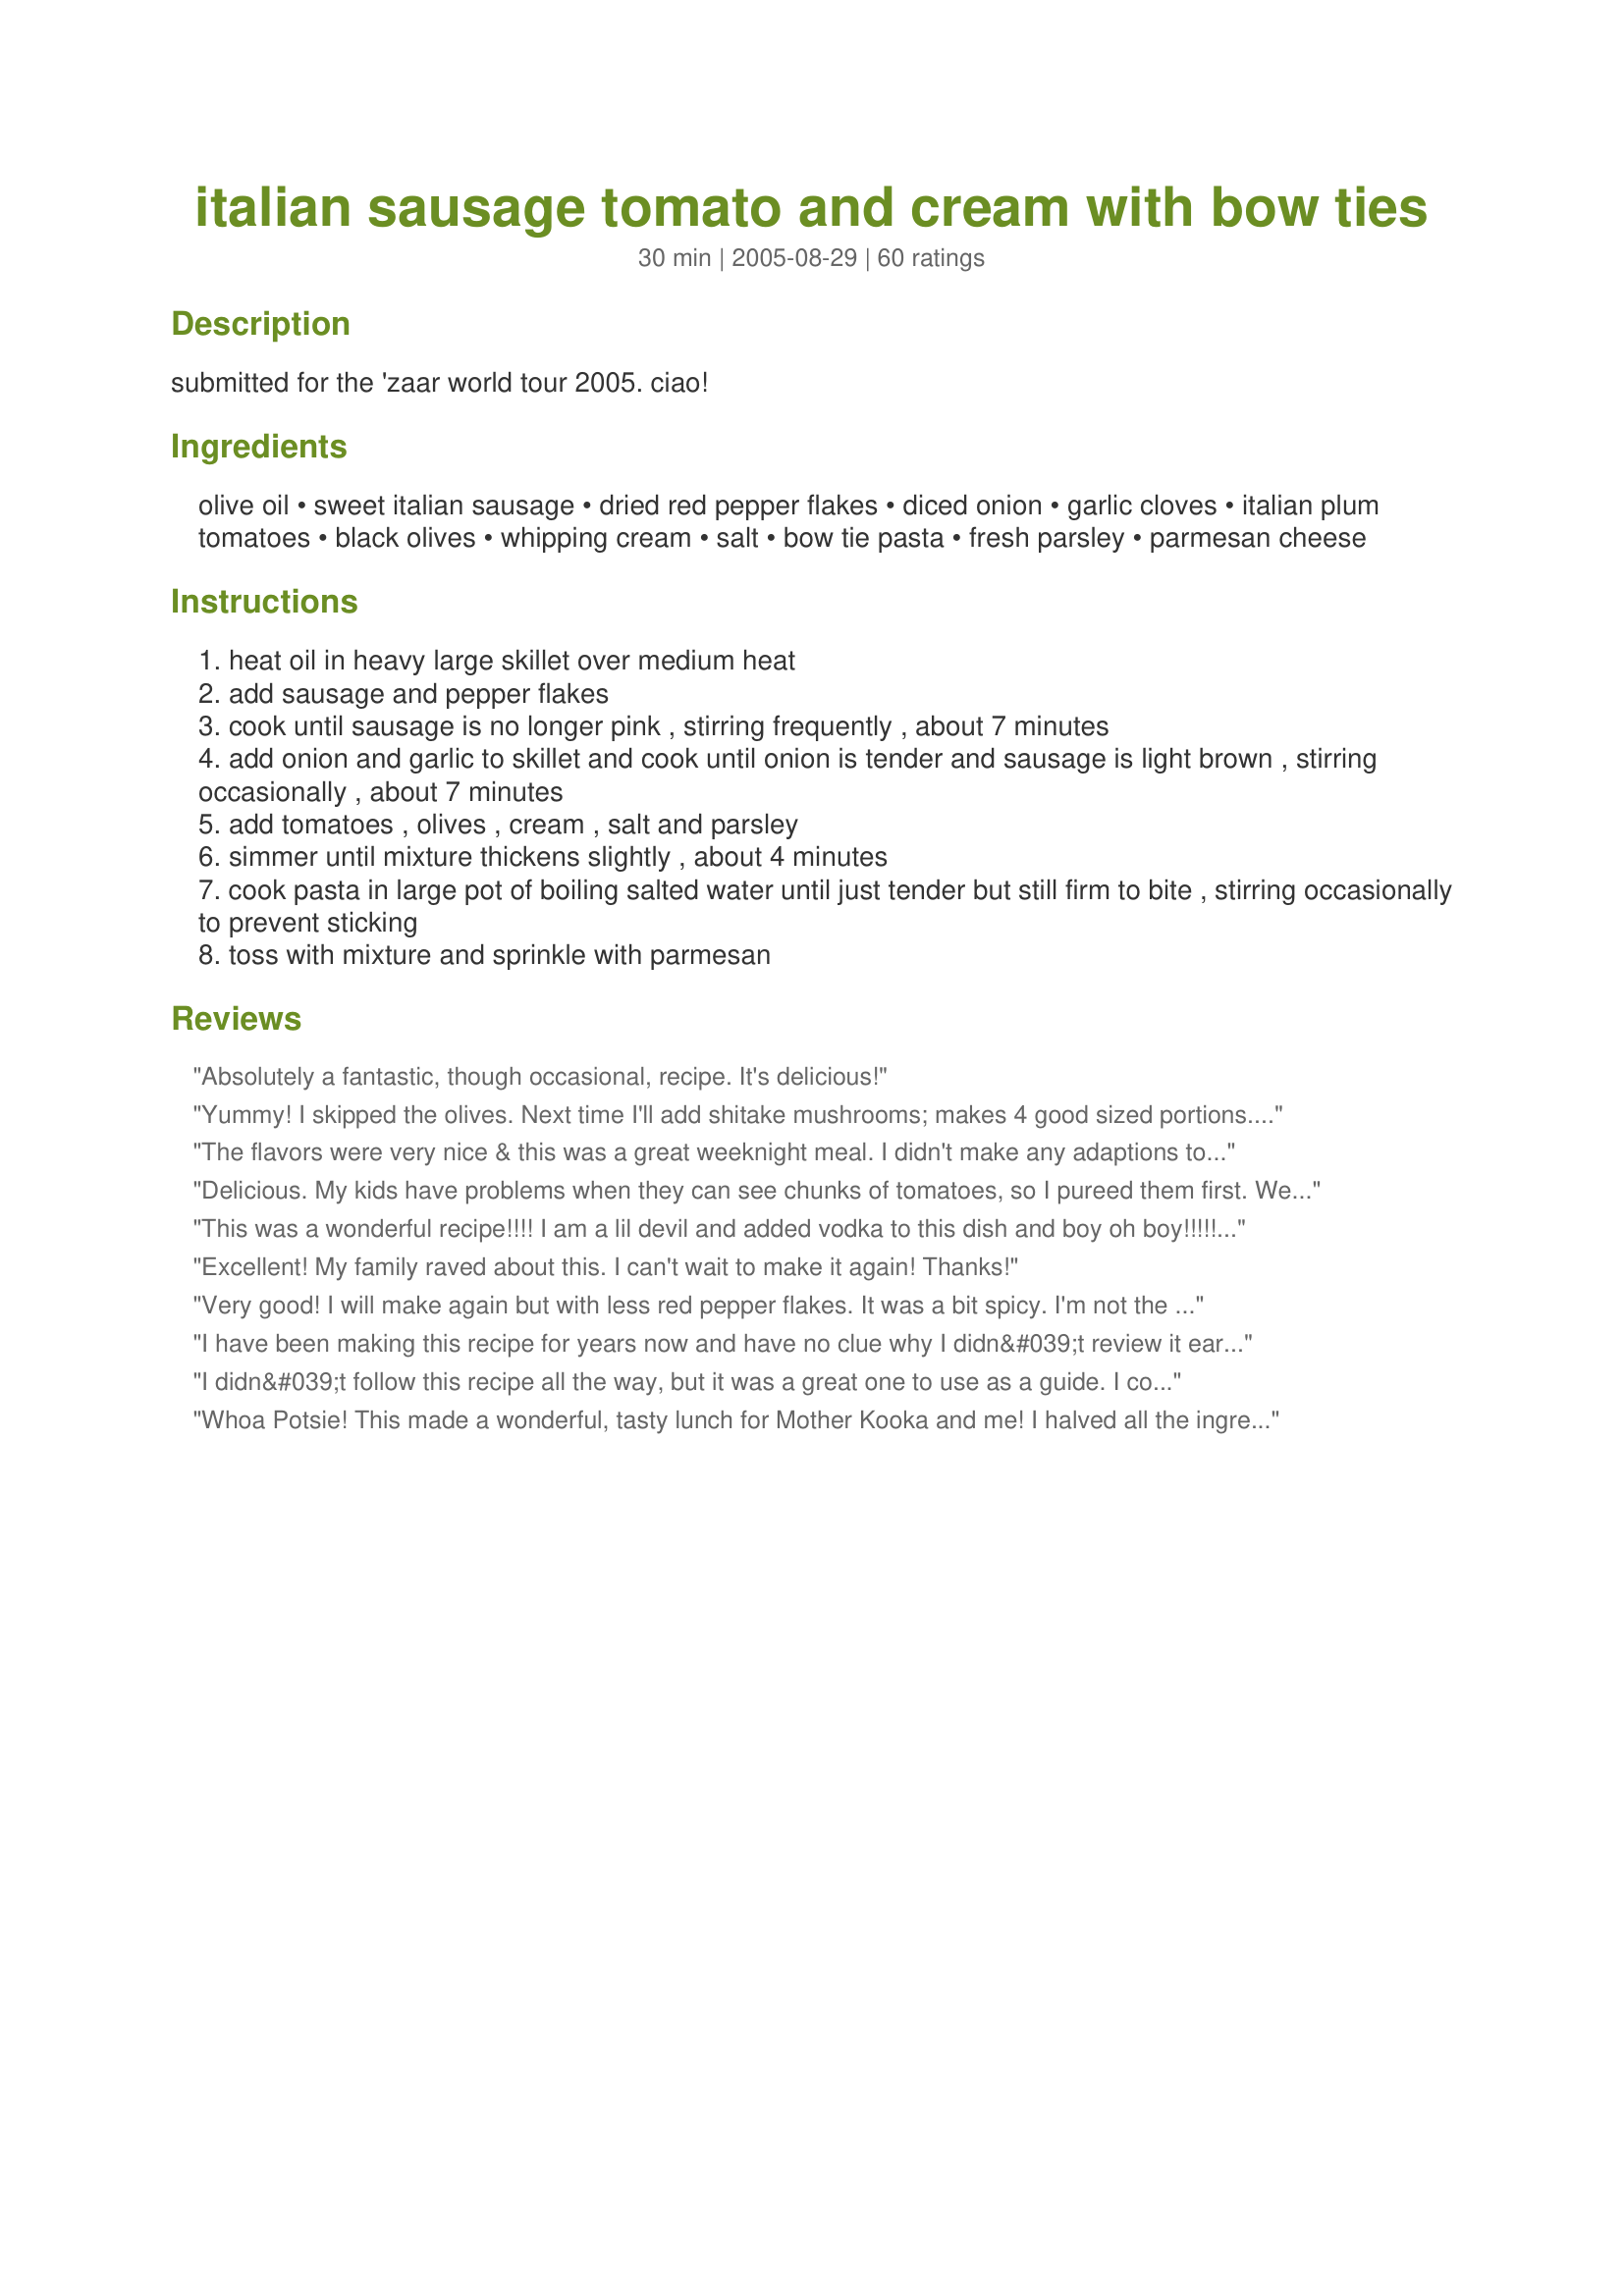
italian sausage tomato and cream with bow ties
Preparation time: 30 minutes

submitted for the 'zaar world tour 2005. ciao!

Ingredients:
olive oil, sweet italian sausage, dried red pepper flakes, diced onion, garlic cloves, italian plum tomatoes, black olives, whipping cream, salt, bow tie pasta, fresh parsley, parmesan cheese

Steps:
heat oil in heavy large skillet over medium heat
add sausage and pepper flakes
cook until sausage is no longer pink , stirring frequently , about 7 minutes
add onion and garlic to skillet and cook until onion is tender and sausage is light brown , stirring occasionally , about 7 minutes
add tomatoes , olives , cream , salt and parsley
simmer until mixture thickens slightly , about 4 minutes
cook pasta in large pot of boiling salted water until just tender but still firm to bite , stirring occasionally to prevent sticking
toss with mixture and sprinkle with parmesan

Reviews:
Absolutely a fantastic, though occasional, recipe. It's delicious!
Yummy! I skipped the olives. Next time I'll add shitake mushrooms; makes 4 good sized portions. A nice, sturdy and easy-to-make meal.
The flavors were very nice & this was a great weeknight meal. I didn't make any adaptions to the recipe other than using fat free half and half and PAM instead of olive oil. The whole family liked this recipe except for my 2 year old. She asked me to make it only "a little spicy" next time.
Delicious. My kids have problems when they can see chunks of tomatoes, so I pureed them first. We loved this!
This was a wonderful recipe!!!! I am a lil devil and added vodka to this dish and boy oh boy!!!!! Wahaaadddaaa winner! Thanks Potsie
Excellent! My family raved about this. I can't wait to make it again! Thanks!
Very good! I will make again but with less red pepper flakes. It was a bit spicy. I'm not the most experienced cook in the world and I found this recipe VERY easy and quick. Thanks so much for posting.
I have been making this recipe for years now and have no clue why I didn&#039;t review it earlier. I blame menopause. Folks, you need to make this. It is the easiest, most forgiving recipe around. I have made it as written (almost), made it with half cream and half chicken stock on virtuous days, tossed in yummy odds and ends and it never, ever fails. The only ingredient I haven&#039;t used is the black olives because &#039;someone&#039; around here thinks they are gross. Thanks Potsie for a real, no-fail gem!
I didn&#039;t follow this recipe all the way, but it was a great one to use as a guide. I could tell by looking at it we would like it. My 10 yr. old was saying &quot;Yum!&quot; all through dinner. I used hot Italian sausage and no red pepper. I also added shrimp which was an awesome addition. Changes I made were using a whole med. onion, half n half, petite diced tomatoes, and added a can of mushrooms. I used cellentani pasta which made it fun. Next time I will add capers and maybe chicken. I am looking forward to using this again in the future. It was quite delicious!
Whoa Potsie! This made a wonderful, tasty lunch for Mother Kooka and me! I halved all the ingredients except for the tomatoes (I used the whole can, drained) and the garlic and onions (can't have too much garlic) and I had a tad more pasta than called for, so I chucked the whole lot in. I have no idea what a 'can' of black olives is, so I used three tablespoons of sliced olives and stirred the parsley in at the same time. Sweet Italian Sausage isn't commonly available in Australia, but I was lucky to pick up some Spicy Italian Sausages from a gourmet sausage shop in Brisbane which did very well. I made the sauce up in the morning, then all I had to do was reheat it and cook the pasta for lunch. My red pepper is a bit old, so I added a little cayenne just to pep it up a bit more. This made ample for four serves for us. I have seen other recipes for this on Zaar, but I think the addition of the olives makes a real difference. Mother Kooka says, "That Potsie is very clever!" And who's going to argue with Mother Kooka! Five stars! We'll be having this often.
Very good! I used half and half as didn't have heavy cream on hand, and also substituted 2 Tbsp dried parsley instead of the fresh and omitted the olives for the same reason although I want to try it with the olives next time. I also think I'll make it with fettucini pasta next time. We had it with a side of broccoli, a roll and a glass of wine. Definitely will be making this again.
I made this the other night, and the whole family loved it; including our 8 year old picky eater. My husband declared this a "keeper". I followed the recipe as written
DELICIOUS!!! I made this over the weekend for my boyfriend and our kids. Everyone loved it! I followed the recipe exactly and it turned out great! It made a LOT too, so there was plenty for two night's worth of dinner--and I didn't hear any complaints! Thank You for a wonderful recipe! : )
Loved it! Easy to make and very tasty. I'll be making this again for sure!
Excellent and simple..perfect for a rinning late meal..everyone enjoyed this..Thanks
Oh my! I used half and half rather than whipping cream and omitted the olives. The sauce was just so good that if I weren't such a lady I would have licked my plate.
Was a very easy, delicious recipe. I'll leave out the olives for my dh next time!
You ROCK Potscrubber! I have tried 4 of your recipes and they have all been great. Keep posting!
I was just about to post this same recipe (without the olives). I found this recipe in Bon Appetit and have been making this for years! It is one of my favorites!
I am always skeptical when I find a recipe that has so many 5 star rating, because usually I am very disappointed, but boy are the ratings spot on for this one! We loved this and it was so easy. I served this as the entr&eacute;e for my son&#039;s Third Birthday tonight and everyone raved about it. The best part is, the only thing I had to stop for after work was the heavy whipping cream and the olives, everything else was already in my cupboards. Thank you for a winner Potsie! Can&#039;t wait to try the rest of your amazing recipes. Made for 2013 Zaar Cookbook Tag.
I made this tonight and it was very good. It was a hit with DH and DS too (DDs did not eat it, but I think they would have liked it.) I made some modifications to make it lighter. I used turkey sausage and 1c skim milk and .5c half and half instead of whipping cream. I wasn't sure if it would thicken up, so I sprinkled 1 T of flour after step 2. I used a whole box (1lb) of farfalle - I don't have a scale to know what 12 oz is, and I hate having a portion of pasta left over anyway. I omitted the olives because I don't care for them. This made a HUGE amount. I'd say even with 12oz of pasta it is way more than 4 servings. Using another recipe analyzer, my version of the recipe (I said that it made 6 servings) came out as 512 calories and 15g of fat (2.2 saturated fat). I honestly think it makes closer to 10 servings - 4 of us ate it tonight and there is a whole other meal for 4 left. I served it with a green salad. I will definitely be making this again.
1/17 update - I made this again and added green peppers (see photo) during the 2nd step, and it was great! Very versital recipe.
Well, add my kudo's to the list. This was scrum-didley-umptious!!! All of my favorite things together in one pot. What more could you ask for?
I wanted pasta but didn't want my regular spaghetti and meatballs or lasagna and this was perfect! Everyone loved it. I did make a few changes such as adding half a diced red pepper in place of the pepper flakes, adding about 1/3 cup of Chardonnay, and of course a few more cloves of garlic. (48)
Great dish! I added 3 cloves garlic, as we are garlic lovers. I also added in 8 oz. fresh mushrooms as we love them too! This will go straight to my monthly menu rotation. Thanks Potsie!
This is the dish to end all hopeless weeknights! It is quick, easy, inexpensive and unbelievably delicious. Even with the high calories, this meal was to die for, even took some of the leftovers to work to spread the gospel of this dish. Now all my co-workers are swearing by this fabulous recipe. Thank you!
This is one of those rare recipes that I wish I could give ten stars! It was very easy to make, the presentation was nice and it tasted great. A winner all the way around. I used penne - it was all I had - and tossed with a little extra parmesan, but otherwise followed the directions exactly.
delicious meal; simple recipe. chose this from the chef's bio that was featured today (which was super by the way)and ended up adding just about every recipe of his into my cookbook! followed recipe exactly which was not complicated but yielded terrific results. very nice sauce; not too heavy but very satisfying. thanks so much for sharing this and your terrific bio.
This is great with deer sausage!It probably slashes the calories per serving by half too.
Because I had red pepper flakes in the sausage, I left it out and followed the rest of the recipe. We all loved it and will make this again. Thanks!
Super easy, super delicious, crowd pleaser. You made me look really good at a dinner party when I whipped this up for a crowd. Served more like 10 but we had tons of bread, salad and antipasta. I added mushrooms and used half and half. Got calls for the recipe the next morning. Thanks Mr. Scrubber!
this was a huge hit. followed everything to the T except i halfed the dried red pepper flakes. delicious! will definately go into my favorite's file! thank you for sharing!
Pasta is one of our favs and I am always looking for an exciting recipe to try. This one looked excellent, tasted excellent and was an excellent choice, if I do say so myself! I wouldn't change a thing on this one! Serve it up with some Italian or French bread and it's a go!
WoW this was FANTASTIC haha all you could here in our kitchen while this was being served was emmmm's and yum's. Now i did have to mak some changes, i made it was a fetichine alfreado mix that i had from a box becouse thats all i had on hand. I also used plain diced tomatoes sense again thats all i had. But i think next time im going to do the same thing becouse it turned out great!
A great pasta dinner you can whip up in minutes... I always have black olives, tomatoes, pasta and sausage around the house somewhere... so if we ever get the craving for pasta... this is "the dish" to make. I really liked the addition of the black olives... it makes this pasta dish different from others... I served it with some French bread and salad with Recipe #144172... Yum... Thanks for sharing!!!
This was so so good, loved by whole family!! I have to say thanks for detailed directions, I am just learning my way around the kitchen...can't even boil an egg yet, but this came out perfect!! Will definately use often!! DELICIOUS!!!
awesome! Didn't use the olives, but had about 1/3 cup of black beans that I did add. Anything with sausage is good!
So easy to make. Loved the way it tasted. Left out the black olives. Used regular diced tomatoes and 1/2 n 1/2 , didn't have any whipping cream. Will definitely make again.
Delicious! I halved the recipe for 2 of us and it would have served 4.
This is really good .Potsie!!But Potsie, it is an Italian recipe so it needs more garlic!! :) I used about 2 tablespoons of garlic. I also used fresh tomatoes. Since I used fresh tomatoes, I thought I needed to add some water, so I added 1/4 cup of water. Once I added the cream, and it started cooking, I realized I didn't need to add the water. The cream didn't quite thicken up enough so I used a thickener. (Water and cornstarch) a VERY small amount..maybe 1 teaspoon.Next time I make this I won't add water. I like this more than spaghetti sauce I put the bowties on my plate and then poured the mixture over them. When I get a craving for spaghetti, I will make this instead.. I have been looking for a recipe like this for a long time. Thank you for sharing your recipe. Made for ZWT $ Family picks and the Cafe ZMAKK Gypsies. ;)
I made this last night. Easy, quick, and absolutly wonderful. I used 1 can of Italian style chopped tomatoes.(couldn't find plum) Everything else as per recipe.
This is a super recipe! DD#1 (the chef) gives it thumbs up so thats a great sign! I did make a couple of changes, used regular can of diced tomatoes and 1/2 and 1/2 as those were all I had. Left out the olives, knew the kids wouldnt eat them. I did brown the sausage in oregano flavored olive oil but found that I had too much grease, so next time will omit that step. The cream will make this dish very rich and the 1/2 and 1/2 seemed just right, but did take a little longer to thinken up. Thanx Danya for one for the keep pile!
very good, easy recipe
It was a dark and stormy night...
and I wanted comfort food. I didn&#039;t follow it to a T but I followed it closely enough that I can see that this recipe deserves all the 5-Star reviews it receives. I skipped the olives and put them on my salad instead. But, I was in the mood for comfort food so the salad sat uneaten. This dish is so hearty and filling that it doesn&#039;t need any sides.
Thank you for sharing this recipe!
Made this last week as written, omitting the black olives. What a taste treat--we've never had anything quite like it except in Italy. Will make this often. Thank you.
Excellent! Even my husband loved it and had seconds. :) I used half and half so I had to let it boil a while longer to thicken. I also added a little nutmeg but had to leave out the onion. I didn't use any oil to brown the sausage either. We will be having this again!!
What can I say other than OH MY Gosh is this good. Everyone loved it and it was easy. I will be making this often. Thanks so much for such a great recipe!
Delicious meal! I used half and half as that&#039;s what I had on hand, but made no other changes.
Awesome and simple!! Also left out the black olives.
Great. Only thing I changed was using just regular canned diced tomatoes as I didn't have any plum on hand. Very tasty, will be making this again.
I made this dish for a going away party. I couldn't believe how people were raving about! I did not &quot;lighten&quot; up this recipe. This is not something I make daily so no skimping on ingrediants. I had no olives so they were omitted and I had no parsley however I did have fresh basil that I added at the end and it totally made the dish. This dish is soooo simple yet so decadent people will think your are a master chef!!
Excellent recipe ! But I have to admit that I did make a couple of changes....I'm trying to watch my cholesterol so the whipping cream was a no-no. I used skim milk instead and thickened the sauce with a bit of cornstarch (mixed into the milk). I also used hot sausages, cut into small pieces! Didn't need to add any other spices except what was listed. This still turned out fabulous. Hubby went back for seconds.....will definitely add this to my keeper list!
Don't even look at the nutritional info......just make yourself look like a culinary goddess (or god) and whip this up for dinner! So easy and tasty. Sort of like gourmet Hamburger Helper. Alas, I too, had to leave out the black olives. As much as I love them it's just not worth the pain of having to watch my sweetie pick them out piece by piece with a sour look on his face. I used a hot Italian sausage just because we like all things spicy and canned tomatoes from my summer garden. Make sure you garnish with the chopped parsley and freshly grated parm....it just adds that special touch and dresses it up. That along with a mixed salad and some Italian bread with olive oil and herbs actually makes for a very impressive dinner. Many thanks to Pot Scrubber for what will be a long time favorite in my house.
With good food around like this, all hopes of my dieting are useless. It gives a whole new meaning to comfort food. Yum! Thanks for posting! Love your profile by the way. You're a hoot!
This was good and easy to make. I didn't add the olives and used about 1/4 teaspoon of black pepper instead of red pepper flakes. I didn't add the full amount of pasta because we like our pasta saucy and it seemed like there was more pasta then sauce. I didn't have italian tomatoes so I used petite diced tomatoes and 1/2 teaspoon of italian seasoning. I also only used two tablespoons of parsley. Hubby said it tasted better then it looked. I also enjoyed it.
one of our fav recipes..has been added to the rotation...good stuff
This was so good, I'd give it more than 5 stars if I could! I made a few adjustments -- added a diced red bell pepper and a sprinkling of freshly grated nutmeg, bumped up the amount of onion, garlic and black olives just a bit, used diced tomatoes since that's all I had, and used a combo of cream and evaporated milk since I didn't have enough cream. I reduced the amount of olive oil because I used a non-stick skillet, and the Italian sausage I bought was made fresh at the grocery store and didn't render out very much fat at all. I think my boyfriend liked this more than anything else I've made, so it will definitely be a regular feature on our menus. Thanks for such a wonderful recipe!
AmAzInG, that&#039;s it. Made as posted using hot Italian sausage and Campenelle (flower) pasta. EZ and company worthy. Thanks Potsie, this is a winner!
I have made this 4 times now. Three times with hot Italian sausage (hold the pepper flake), and once for my parents with sweet Italian sausage (add the pepper flake). I like the hot Italian better :)&lt;br/&gt;&lt;br/&gt;I also have some one who does not like olives. I replace with sliced sweet peppers.
Oh, this was wonderful Danya. It was a great, light lunch. The chopped tomatoes I used came with diced onions as well. It was just right. The kids loved it. I made this for Zaar World Tour 05
I cannot begin to tell you how wonderful this recipe is! I have now made this no less than 6 times and I just keep finding new ways to change it up (to our tastes). 1st time was made as written - very, very good. I've made several times using Half 'n Half. As with others, I have elected to omit the olive oil (anything to help lighten the dish)...I used hot italian sausage with great success and have also added shitake mushrooms and (at the last few minutes) 1/2 frozen peas. This is now so favored in our house, it has been requested on a regular basis. Thank you Potsie for another awesome dish!!
One of our favorite recipes. I leave out the olives and pepper flakes and add some black pepper, garlic and onion powder for extra flavor. It tastes even better the next day reheated with a little extra cream.
